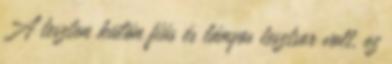
A teszten külön fiús és lányos tesztsor volt, ez